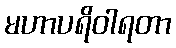
မဟာပရိဝါရတာ